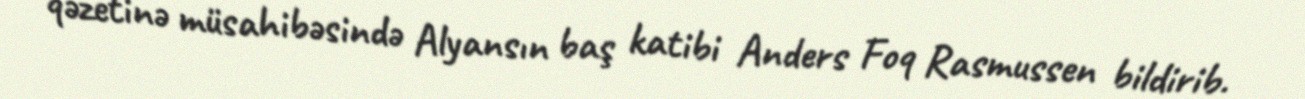
qəzetinə müsahibəsində Alyansın baş katibi Anders Foq Rasmussen bildirib.